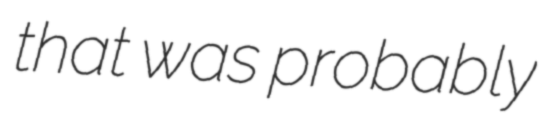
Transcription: that was probably